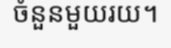
ចំនួនមួយរយ។